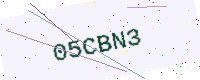
Text: 05CBN3